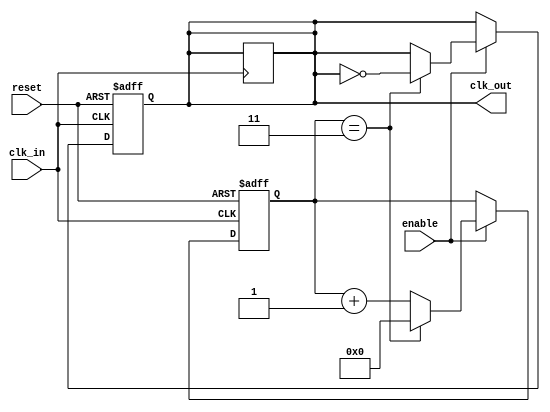
module clock_divider_buffer #(
    parameter N = 4 // Default division factor, can be overridden
)(
    input wire clk_in,    // Input clock signal
    input wire enable,    // Enable signal
    input wire reset,     // Asynchronous reset signal
    output reg clk_out    // Output clock signal
);

    reg [31:0] counter;   // Counter to track clock cycles

    // Asynchronous reset and clock division logic
    always @(posedge clk_in or posedge reset) begin
        if (reset) begin
            counter <= 0;   // Reset counter
            clk_out <= 0;   // Reset output clock
        end else if (enable) begin
            if (counter == (N - 1)) begin
                clk_out <= ~clk_out; // Toggle output clock
                counter <= 0;         // Reset counter
            end else begin
                counter <= counter + 1; // Increment counter
            end
        end
    end

    // Hold the last state of clk_out when not enabled
    always @(negedge clk_in) begin
        if (!enable) begin
            clk_out <= clk_out; // Maintain last state
        end
    end

endmodule